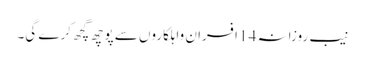
نیب روزانہ 14 افسران واہلکاروں سے پوچھ گچھ کرے گی۔